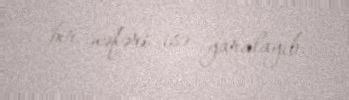
bir nəfəri isə yaralayıb.